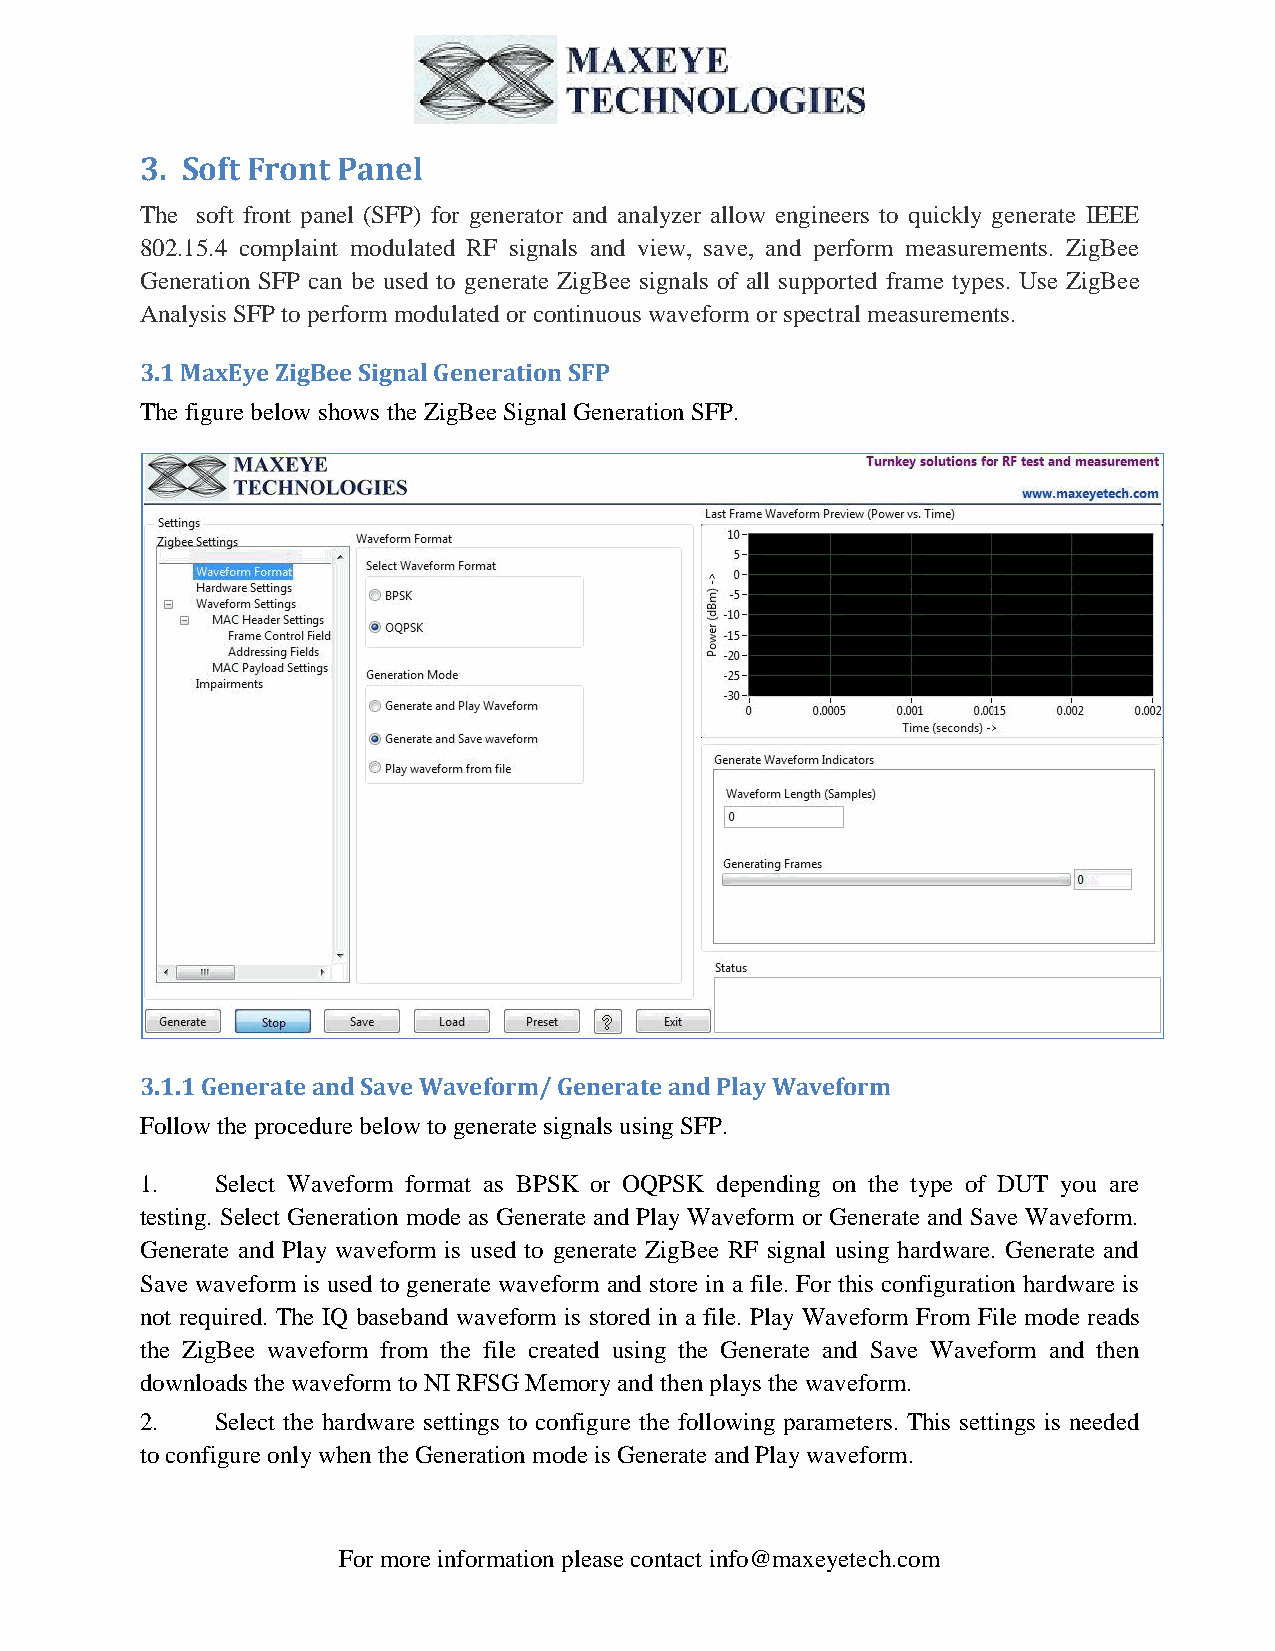
3. Soft Front Panel
 The soft front panel (SFP) for generator and analyzer allow engineers to quickly generate IEEE
 802.15.4 complaint modulated RF signals and view, save, and perform measurements. ZigBee
 Generation SFP can be used to generate ZigBee signals of all supported frame types. Use ZigBee
 Analysis SFP to perform modulated or continuous waveform or spectral measurements.
 3.1 MaxEye ZigBee Signal Generation SFP
 The figure below shows the ZigBee Signal Generation SFP.
 3.1.1 Generate and Save Waveform/ Generate and Play Waveform
 Follow the procedure below to generate signals using SFP.
 1.   Select Waveform format as BPSK or OQPSK depending on the type of DUT you are
 testing. Select Generation mode as Generate and Play Waveform or Generate and Save Waveform.
 Generate and Play waveform is used to generate ZigBee RF signal using hardware. Generate and
 Save waveform is used to generate waveform and store in a file. For this configuration hardware is
 not required. The IQ baseband waveform is stored in a file. Play Waveform From File mode reads
 the ZigBee waveform from the file created using the Generate and Save Waveform and then
 downloads the waveform to NI RFSG Memory and then plays the waveform.
 2.   Select the hardware settings to configure the following parameters. This settings is needed
 to configure only when the Generation mode is Generate and Play waveform.
 For more information please contact info@maxeyetech.com